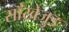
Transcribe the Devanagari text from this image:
साँखेजुङ